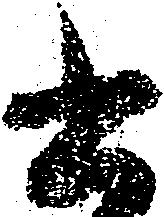
書